Indian journal of veterinary science and animal husbandry - Volumes 18-21, 1948-1951
Year: 1948
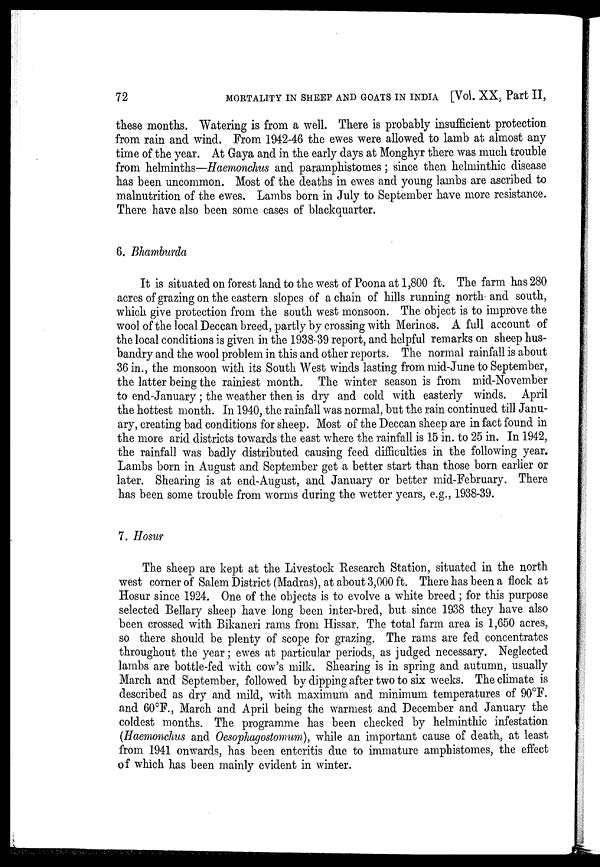
72
MORTALITY IN SHEEP AND GOATS IN INDIA [Vol. XX, Part II,
these months. Watering is from a well. There is probably insufficient protection
from rain and wind. From 1942-46 the ewes were allowed to lamb at almost any
time of the year. At Gaya and in the early days at Monghyr there was much trouble
from helminths—Haemonchus and paramphistomes ; since then helminthic disease
has been uncommon. Most of the deaths in ewes and young lambs are ascribed to
malnutrition of the ewes. Lambs born in July to September have more resistance.
There have also been some cases of blackquarter.
6. Bhamburda
It is situated on forest land to the west of Poona at 1,800 ft. The farm has 280
acres of grazing on the eastern slopes of a chain of hills running north and south,
which give protection from the south west monsoon. The object is to improve the
wool of the local Deccan breed, partly by crossing with Merinos. A full account of
the local conditions is given in the 1938-39 report, and helpful remarks on sheep hus-
bandry and the wool problem in this and other reports. The normal rainfall is about
36 in., the monsoon with its South West winds lasting from mid-June to September,
the latter being the rainiest month. The winter season is from mid-November
to end-January ; the weather then is dry and cold with easterly winds. April
the hottest month. In 1940, the rainfall was normal, but the rain continued till Janu-
ary, creating bad conditions for sheep. Most of the Deccan sheep are in fact found in
the more arid districts towards the east where the rainfall is 15 in. to 25 in. In 1942,
the rainfall was badly distributed causing feed difficulties in the following year.
Lambs born in August and September get a better start than those born earlier or
later. Shearing is at end-August, and January or better mid-February. There
has been some trouble from worms during the wetter years, e.g., 1938-39.
7. Hosur
The sheep are kept at the Livestock Research Station, situated in the north
west corner of Salem District (Madras), at about 3,000 ft. There has been a flock at
Hosur since 1924. One of the objects is to evolve a white breed ; for this purpose
selected Bellary sheep have long been inter-bred, but since 1938 they have also
been crossed with Bikaneri rams from Hissar. The total farm area is 1,650 acres,
so there should be plenty of scope for grazing. The rams are fed concentrates
throughout the year; ewes at particular periods, as judged necessary. Neglected
lambs are bottle-fed with cow's milk. Shearing is in spring and autumn, usually
March and September, followed by dipping after two to six weeks. The climate is
described as dry and mild, with maximum and minimum temperatures of 90°F.
and 60°F., March and April being the warmest and December and January the
coldest months. The programme has been checked by helminthic infestation
(Haemonchus and Oesophagostomum), while an important cause of death, at least
from 1941 onwards, has been enteritis due to immature amphistomes, the effect
of which has been mainly evident in winter.